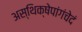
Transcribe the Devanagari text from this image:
अस्थिक्षेपांगंचेदं